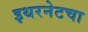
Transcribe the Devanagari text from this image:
इथरनेटचा